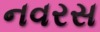
નવરસ